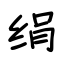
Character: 绢